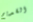
القديم